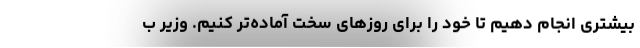
بیشتری انجام دهیم تا خود را برای روزهای سخت آماده‌تر کنیم. وزیر ب